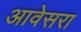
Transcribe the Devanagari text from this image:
आवेसरा